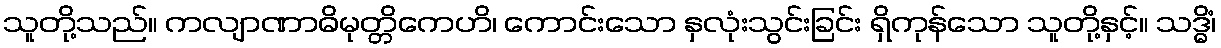
သူတို့သည်။ ကလျာဏာဓိမုတ္တိကေဟိ၊ ကောင်းသော နှလုံးသွင်းခြင်း ရှိကုန်သော သူတို့နှင့်။ သဒ္ဓိံ၊